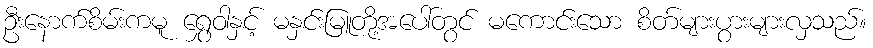
ဦးနောက်စိမ်းကမူ ရွှေဝါနှင့် မနှင်းမြူတို့အပေါ်တွင် မကောင်းသော စိတ်များပွားများလှသည်။